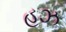
હઝ